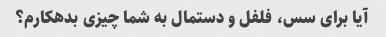
آیا برای سس، فلفل و دستمال به شما چیزی بدهکارم؟